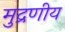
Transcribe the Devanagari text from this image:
मुद्रणीय